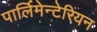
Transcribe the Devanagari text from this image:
पार्लिमेन्टेरियन